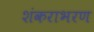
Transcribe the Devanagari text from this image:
शंकराभरण